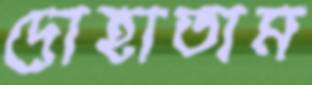
দোহাতাম